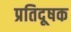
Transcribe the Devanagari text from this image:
प्रतिदूषक